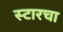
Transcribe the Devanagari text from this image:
स्टारचा